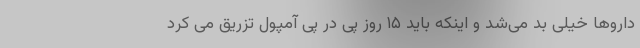
داروها خیلی بد می‌شد و اینکه باید ۱۵ روز پی در پی آمپول تزریق می کرد